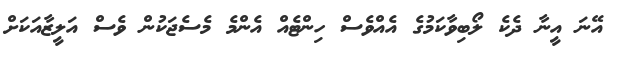
އޭނަ އީނާ ދެކެ ލޯބިވާކަމުގެ އެއްވެސް ހިންޓެއް އެންމެ މެސެޖަކުން ވެސް އަލީޒާއަކަށް